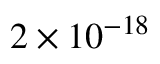
2 \times 1 0 ^ { - 1 8 }